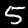
Label: 5